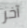
آخر